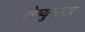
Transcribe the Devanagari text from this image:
लेब्युलाज़